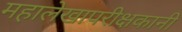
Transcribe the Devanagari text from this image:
महालेखापरीक्षकानी